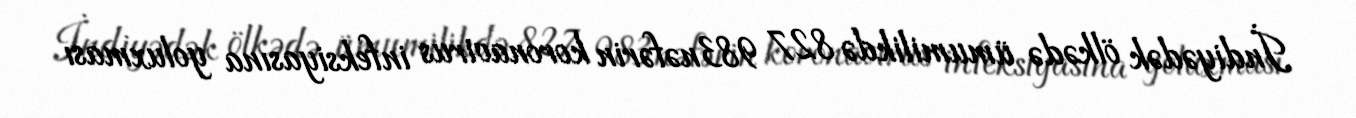
İndiyədək ölkədə ümumilikdə 827 983nəfərin koronavirus infeksiyasına yoluxması